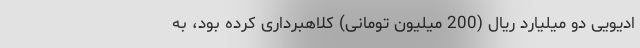
ادیویی دو میلیارد ریال (200 میلیون تومانی) کلاهبرداری کرده بود، به